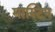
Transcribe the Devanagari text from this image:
मास्टिन